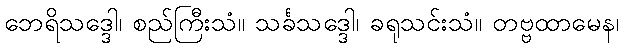
ဘေရိသဒ္ဒေါ၊ စည်ကြီးသံ။ သင်္ခသဒ္ဒေါ၊ ခရုသင်းသံ။ တဗ္ဗထာမေန၊